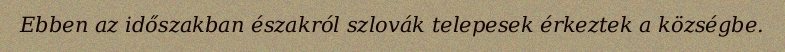
Ebben az időszakban északról szlovák telepesek érkeztek a községbe.